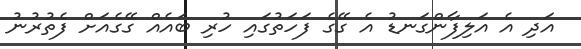
އަދި އެ އަލިފާންގަނޑު އެ ގޭގެ ފަހަތުގައި ހުރި ބައެއް ގޭގެއަށް ފެތުރުނު